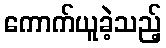
ကောက်ယူခဲ့သည့်